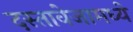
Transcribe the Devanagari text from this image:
दस्तावेजामध्ये